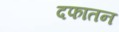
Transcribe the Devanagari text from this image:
दफातन